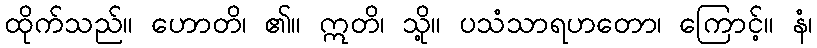
ထိုက်သည်။ ဟောတိ၊ ၏။ ဣတိ၊ သို့။ ပသံသာရဟတော၊ ကြောင့်။ နံ၊